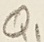
Text: Q1